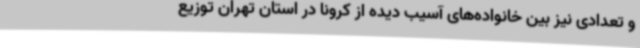
و تعدادی نیز بین خانواده‌های آسیب دیده از کرونا در استان تهران توزیع